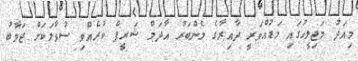
މިއަދު މަޖިލީހުގައި މަޑުއްވަރީ ދާއިރާގެ މެންބަރު އާދަމް ޝަރީފް ކުރެއްވި ސުވާލަކަށް ޖަވާބު